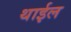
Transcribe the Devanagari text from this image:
थाईल